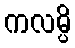
ကလမ္ပိ